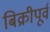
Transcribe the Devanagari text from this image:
बिक्रीपूर्व